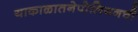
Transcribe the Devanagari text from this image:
याकाळातनेपोलियनची